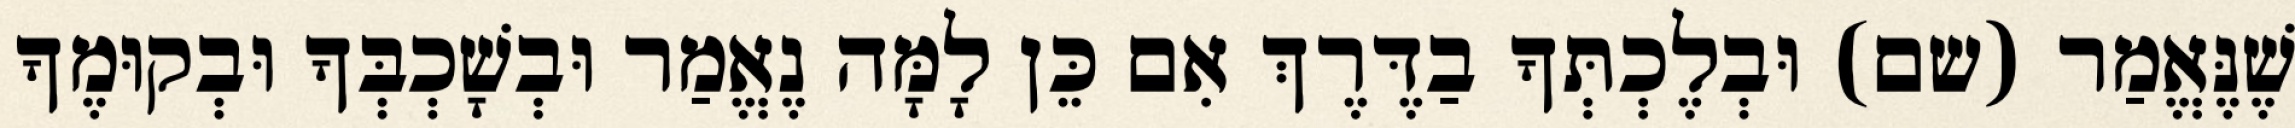
שֶׁנֶּאֱמַר (שם) וּבְלֶכְתְּךָ בַדֶּרֶךְ אִם כֵּן לָמָּה נֶאֱמַר וּבְשָׁכְבְּךָ וּבְקוּמֶךָ